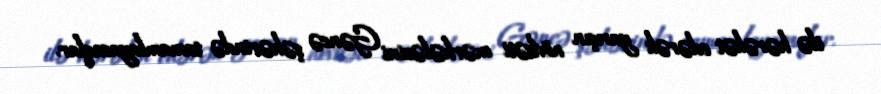
ilə hərəkət edərək yarışın növbəti mərhələsini Gəncə şəhərində tamamlayacaqlar.